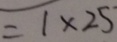
= 1 \times 2 5